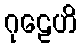
ဂုဠေဟိ